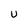
Character: U